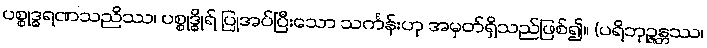
ပစ္စုဒ္ဓရဏသညိဿ၊ ပစ္စုဒ္ဓိုရ် ပြုအပ်ပြီးသော သင်္ကန်းဟု အမှတ်ရှိသည်ဖြစ်၍။ (ပရိဘုဉ္ဇန္တဿ၊